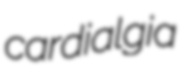
cardialgia